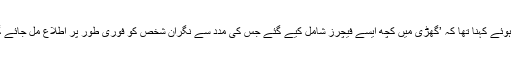
نوجوان اسد رضا کا بی بی سی سے بات کرتے ہوئے کہنا تھا کہ ’گھڑی میں کچھ ایسے فیچرز شامل کیے گئے جس کی مدد سے نگران شخص کو فوری طور پر اطلاع مل جائے گی کہ مریض یا معمر شخص زمین پر گر گیا‘۔